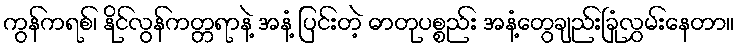
ကွန်ကရစ်၊ နိုင်လွန်ကတ္တရာနဲ့ အနံ့ ပြင်းတဲ့ ဓာတုပစ္စည်း အနံ့တွေချည်းခြုံလွှမ်းနေတာ။